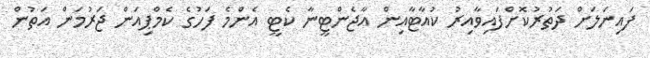
ފައިނަލަށް ދަތުރުކޮށްފައިވާއިރު ކުއާޓާއިން އާޖެންޓީނާ ކެޓީ އެންމެ ފަހުގެ ކެމްޕިއަން ޖަރުމަން އަތުން